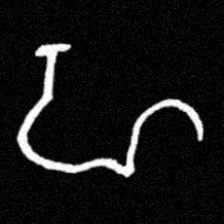
Pyu character \u2014 Myanmar letter: ဟ (romanized: ha)